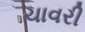
ચાવરી